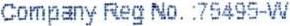
COMPANY REG NO. :75495-W